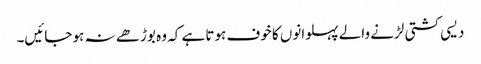
دیسی کشتی لڑنے والے پہلوانوں کا خوف ہوتا ہے کہ وہ بوڑھے نہ ہو جائیں۔